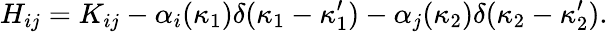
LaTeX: H_{ij}=K_{ij}-\alpha_{i}(\kappa_{1})\delta(\kappa_{1}-\kappa_{1}^{\prime})-\alpha_{j}(\kappa_{2})\delta(\kappa_{2}-\kappa_{2}^{\prime}).